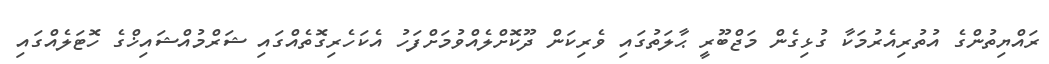
ރައްޔިތުންގެ އުތުރިއެރުމަކާ ގުޅިގެން މަޖްބޫރީ ޙާލަތުގައި ވެރިކަން ދޫކޮށްލެއްވުމަށްފަހު އެކަހެރިގޮތެއްގައި ޝަރްމުއްޝައިޚްގެ ހޮޓަލެއްގައި